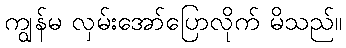
ကျွန်မ လှမ်းအော်ပြောလိုက် မိသည်။